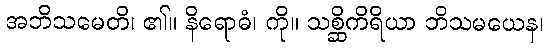
အဘိသမေတိ၊ ၏။ နိရောဓံ၊ ကို။ သစ္ဆိကိရိယာ ဘိသမယေန၊